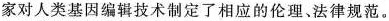
家对人类基因编辑技术制定了相应的伦理、法律规范。